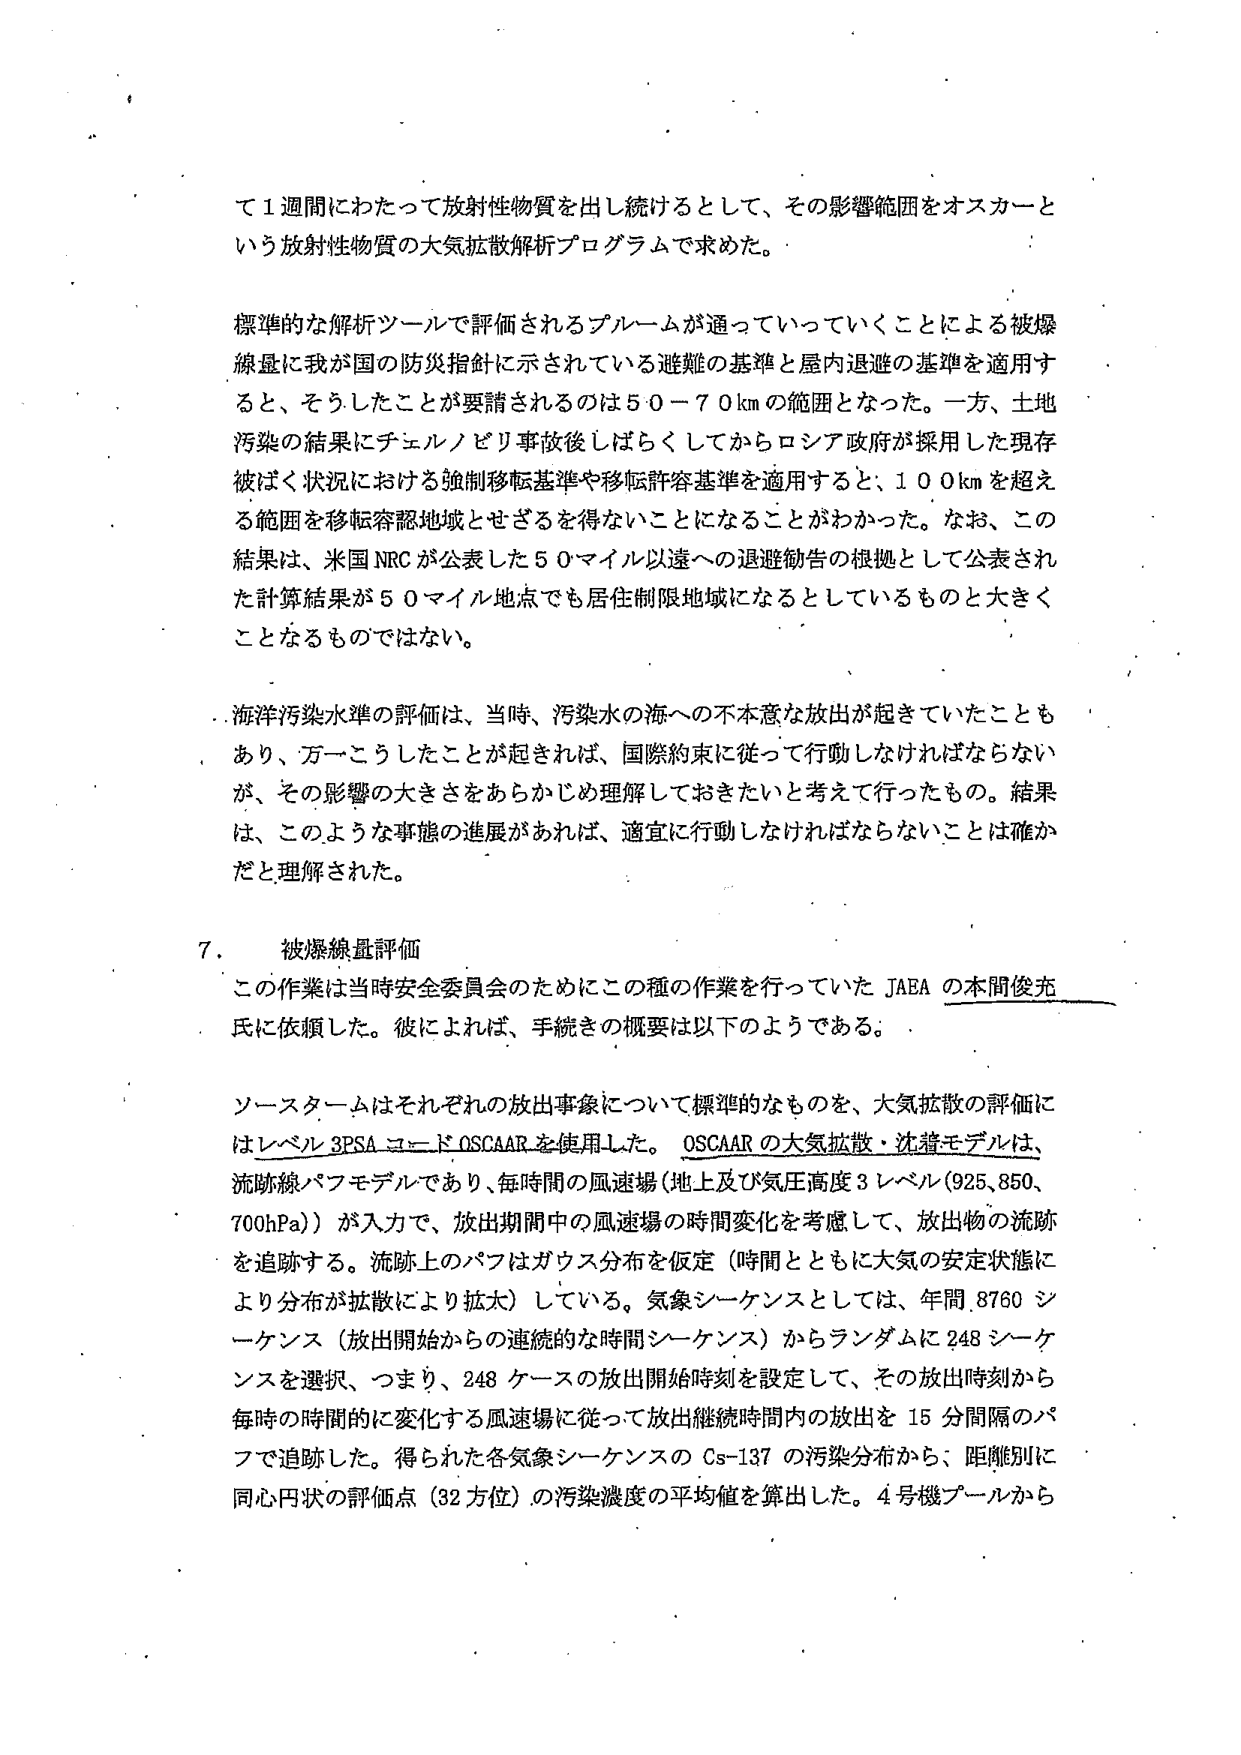
て1週間にわたって放射性物質を出し続けるとして、その影響範囲をオスカーという放射性物質の大気拡散解析プログラムで求めた。

標準的な解析ツールで評価されるプルームが通っていっていくことによる被爆線量に我が国の防災指針に示されている避難の基準と屋内退避の基準を適用すると、そうしたことが要請されるのは50－70kmの範囲となった。一方、土地汚染の結果にチェルノブイリ事故後しばらくしてからロシア政府が採用した現存被ばく状況における強制移転基準や移転許容基準を適用すると、100kmを超える範囲を移転容認地域とせざるを得ないことになることがわかった。なお、この結果は、米国NRCが公表した50マイル以遠への退避勧告の根拠として公表された計算結果が50マイル地点でも居住制限地域になるとしているものと大きくことなるものではない。

海洋汚染水準の評価は、当時、汚染水の海への不本意な放出が起きていたこともあり、万一こうしたことが起これば、国際約束に従って行動しなければならないが、その影響の大きさをあらかじめ理解しておきたいと考えて行ったもの。結果は、このような事態の進展があれば、適宜に行動しなければならないことは確かだと理解された。

7．被爆線量評価

この作業は当時安全委員会のためにこの種の作業を行っていたJAEAの本間俊充氏に依頼した。彼によれば、手続きの概要は以下のようである。

ソースタームはそれぞれの放出事象について標準的なものを、大気拡散の評価にはレベル3PSAコードOSCAARを使用した。OSCAARの大気拡散・沈着モデルは、流跡線パフモデルであり、毎時間の風速場（地上及び気圧高度3レベル（925、850、700hPa））が入力で、放出期間中の風速場の時間変化を考慮して、放出物の流跡を追跡する。流跡上のパフはガウス分布を仮定（時間とともに大気の安定状態により分布が拡散により拡大）している。気象シーケンスとしては、年間8760シーケンス（放出開始からの連続的な時間シーケンス）からランダムに248シーケンスを選択、つまり、248ケースの放出開始時刻を設定して、その放出時刻から毎時の時間的に変化する風速場に従って放出継続時間内の放出を15分間隔のパフで追跡した。得られた各気象シーケンスのCs-137の汚染分布から、距離別に同心円状の評価点（32方位）の汚染濃度の平均値を算出した。4号機プールから